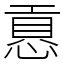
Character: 慐